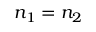
n _ { 1 } = n _ { 2 }